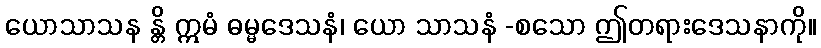
ယောသာသန န္တိ ဣမံ ဓမ္မဒေသနံ၊ ယော သာသနံ -စသော ဤတရားဒေသနာကို။